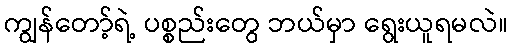
ကျွန်တော့်ရဲ့ ပစ္စည်းတွေ ဘယ်မှာ ရွေးယူရမလဲ။